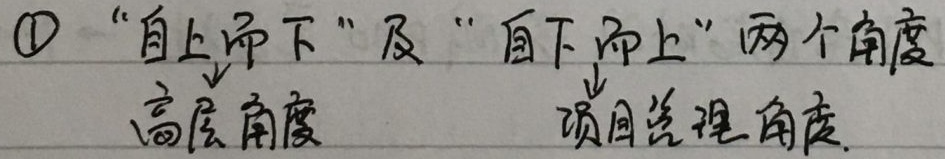
\textcircled{1} “自上而下”及“自下而上”两个角度：高层角度、项目管理角度